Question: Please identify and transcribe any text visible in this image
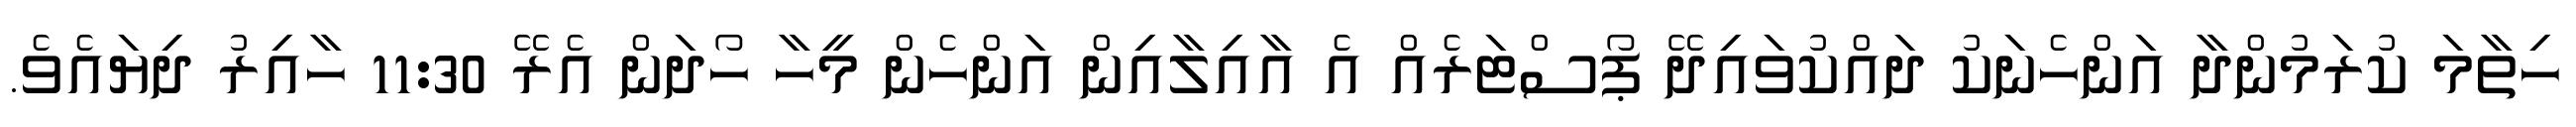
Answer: ހިތާމަ ކުރަމުންދާ އަންހެނަކު ދައްކުވައިދޭ ޕޯސްޓަރެއް އެ އާއިލާއިން އަންހެން މީހާ ހޯދަން އެރޭ 11:30 ހާއިރު ދިޔައެވެ.